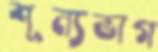
শূন্যভাগ